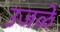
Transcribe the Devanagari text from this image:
उजळे